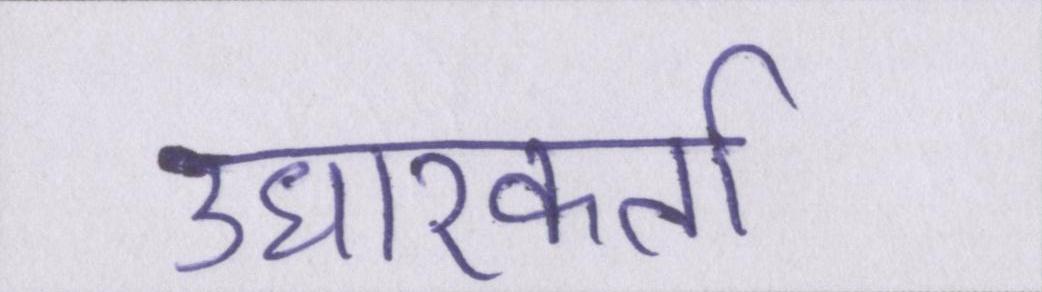
उधारकर्ता